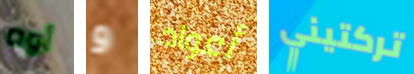
أوه و أعواد تركتيني